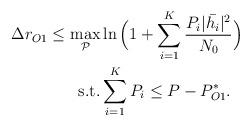
LaTeX: \begin{align*} \begin{aligned}\Delta r_{O1}\leq \max_\mathcal{P}& \ln \Big(1+\sum_{i=1}^K \frac{P_i|\bar{h_i}|^2}{N_0}\Big)\\\mathrm{s.t.}&\sum_{i=1}^KP_i\leq P-P_{O1}^* .\end{aligned}\end{align*}